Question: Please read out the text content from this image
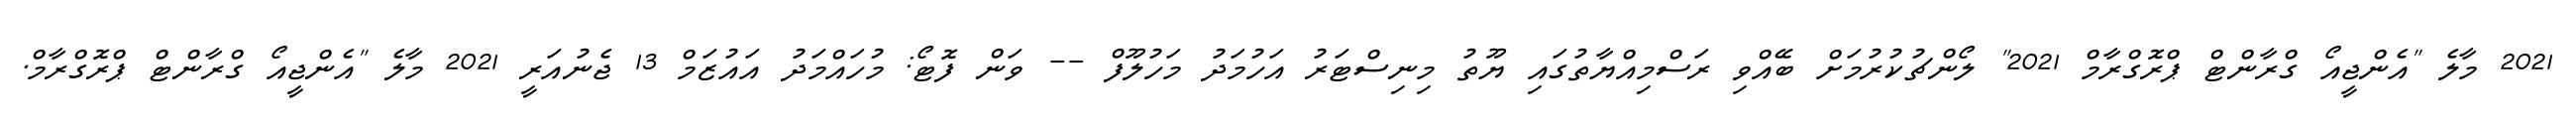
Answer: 2021 މާލެ "އެންޖީއޯ ގްރާންޓް ޕްރޮގްރާމް 2021" ލޯންޗުކުރުމަށް ބޭއްވި ރަސްމިއްޔާތުގައި ޔޫތު މިނިސްޓަރު އަހުމަދު މަހުލޫފް -- ވަން ފޮޓޯ: މުހައްމަދު އައުޒަމް 13 ޖެނުއަރީ 2021 މާލެ "އެންޖީއޯ ގްރާންޓް ޕްރޮގްރާމް.